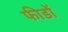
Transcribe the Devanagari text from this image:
फीडों